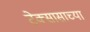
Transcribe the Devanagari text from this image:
टेक्सासाच्या